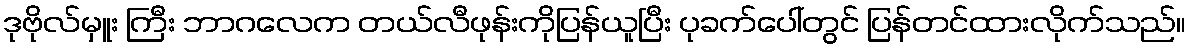
ဒုဗိုလ်မှူး ကြီး ဘာဂလေက တယ်လီဖုန်းကိုပြန်ယူပြီး ပုခက်ပေါ်တွင် ပြန်တင်ထားလိုက်သည်။